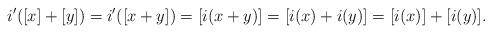
LaTeX: \begin{align*}i'([x]+[y])=i'([x+y])=[i(x+y)]=[i(x)+i(y)]=[i(x)]+[i(y)].\end{align*}